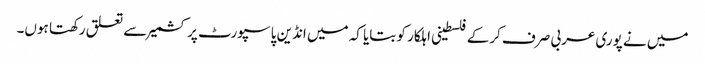
میں نے پوری عربی صرف کرکے فلسطینی اہلکار کو بتایا کہ میں انڈین پاسپورٹ پر کشمیر سے تعلق رکھتا ہوں۔